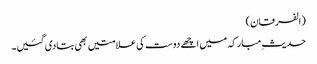
(الفرقان)
حدیثِ مبارکہ میں اچھے دوست کی علامتیں بھی بتادی گئیں۔